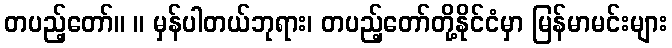
တပည့်တော်။ ။ မှန်ပါတယ်ဘုရား၊ တပည့်တော်တို့နိုင်ငံမှာ မြန်မာမင်းများ